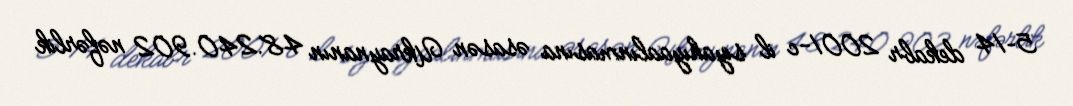
5–14 dekabr 2001-c il siyahıyaalınmasına əsasən Ukraynanın 48.240.902 nəfərlik